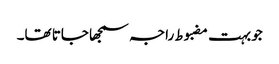
جو بہت مضبوط راجہ سمجھا جاتا تھا۔